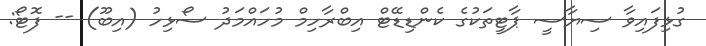
ގުޅިފައިވާ ސިޔާސީ ޕާޓީތަކުގެ ކެންޑިޑޭޓް އިބްރާހިމް މުހައްމަދު ސޯޅިހު (އިބޫ) -- ފޮޓޯ: